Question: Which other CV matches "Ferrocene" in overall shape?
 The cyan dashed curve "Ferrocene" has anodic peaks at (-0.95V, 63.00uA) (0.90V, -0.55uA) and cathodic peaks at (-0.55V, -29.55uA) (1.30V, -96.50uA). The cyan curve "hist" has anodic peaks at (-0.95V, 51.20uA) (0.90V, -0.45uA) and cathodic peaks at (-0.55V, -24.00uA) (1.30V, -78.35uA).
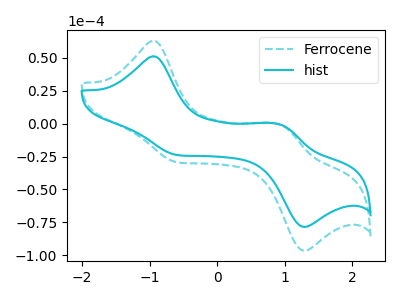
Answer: <think>All the peaks in "Ferrocene" have a peak in "hist" at the same potential.
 </think>
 <answer>The CV with the most similar shape to "hist" is "Ferrocene".</answer>
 <eval>"Ferrocene"</eval>